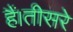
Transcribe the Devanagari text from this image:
हैं।तीसरे